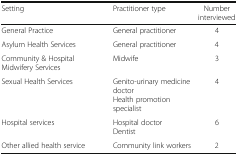
<table><thead><tr><td><b>Setting</b></td><td><b>Practitioner type</b></td><td><b>Number interviewed</b></td></tr></thead><tbody><tr><td>General Practice</td><td>General practitioner</td><td>4</td></tr><tr><td>Asylum Health Services</td><td>General practitioner</td><td>4</td></tr><tr><td>Community &amp; Hospital Midwifery Services</td><td>Midwife</td><td>3</td></tr><tr><td>Sexual Health Services</td><td>Genito-urinary medicine doctorHealth promotion specialist</td><td>4</td></tr><tr><td>Hospital services</td><td>Hospital doctorDentist</td><td>6</td></tr><tr><td>Other allied health service</td><td>Community link workers</td><td>2</td></tr></tbody></table>